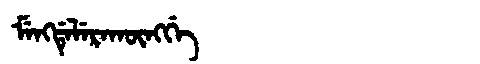
Manchu: ᠮᡝᠩᡩᡝᠯᡝᡵᠠᡴᡡᠩᡤᡝ
Romanization: MENGDELERAKŪNGGE